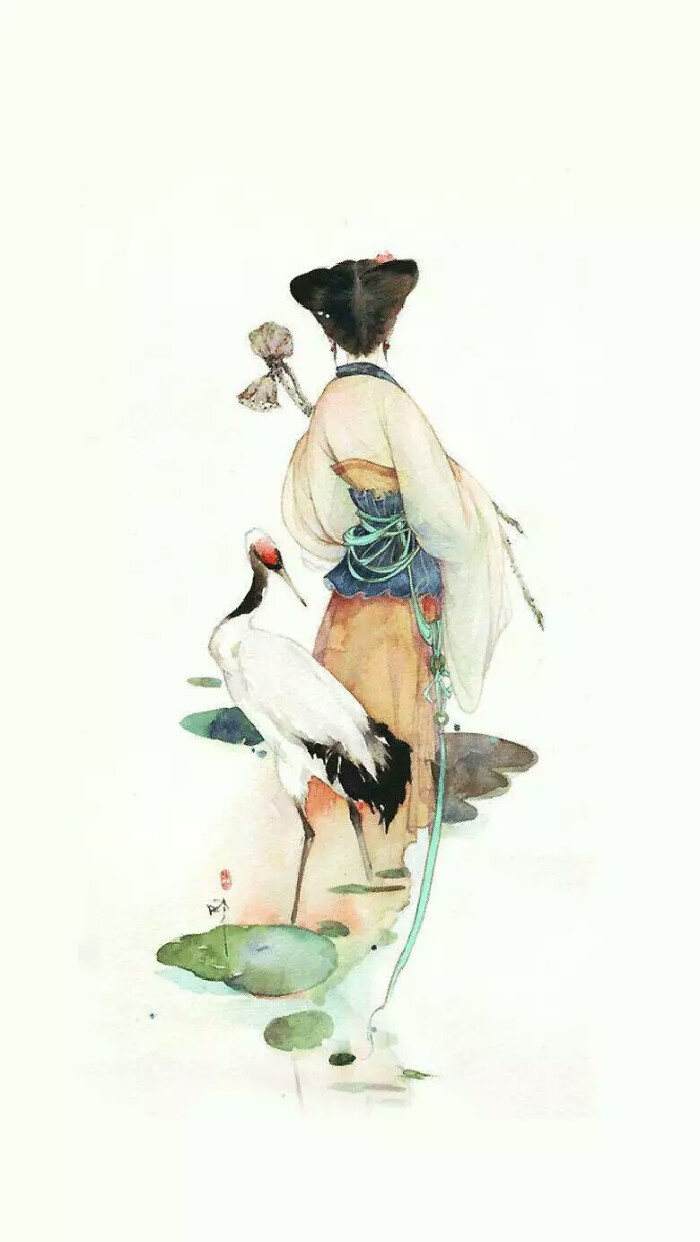
采莲时，小娘红粉对寒浪。